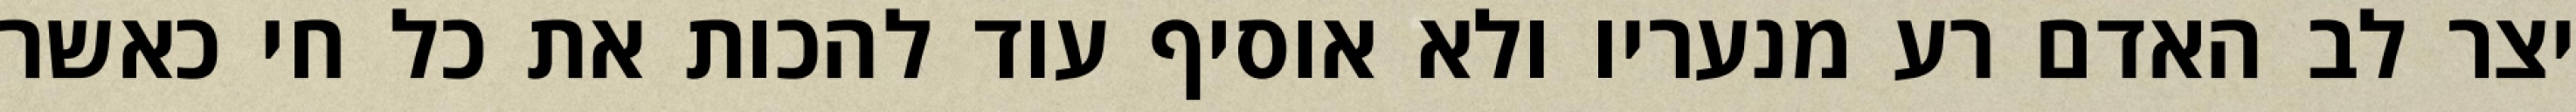
יצר לב האדם רע מנעריו ולא אוסיף עוד להכות את כל חי כאשר